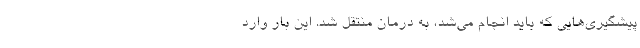
پیشگیری‌هایی که باید انجام می‌شد، به درمان منتقل شد. این بار وارد